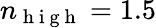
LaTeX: n_{\mathrm{~h~i~g~h~}}=1.5